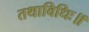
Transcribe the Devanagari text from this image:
तथाविधिः॥